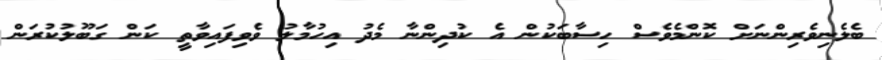
ބެލެނިވެރިންނަށް ކޮންމެވެސް ހިސާބަކުން އެ ކުދިންނާ މެދު އިހުމާލު ވެވިފައިވާތީ ކަން ގަބޫލުކުރަން